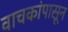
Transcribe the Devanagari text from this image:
वाचकांपासून